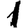
Digit: 1